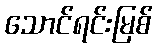
သောင်ရင်းမြစ်